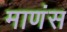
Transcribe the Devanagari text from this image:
माणंस